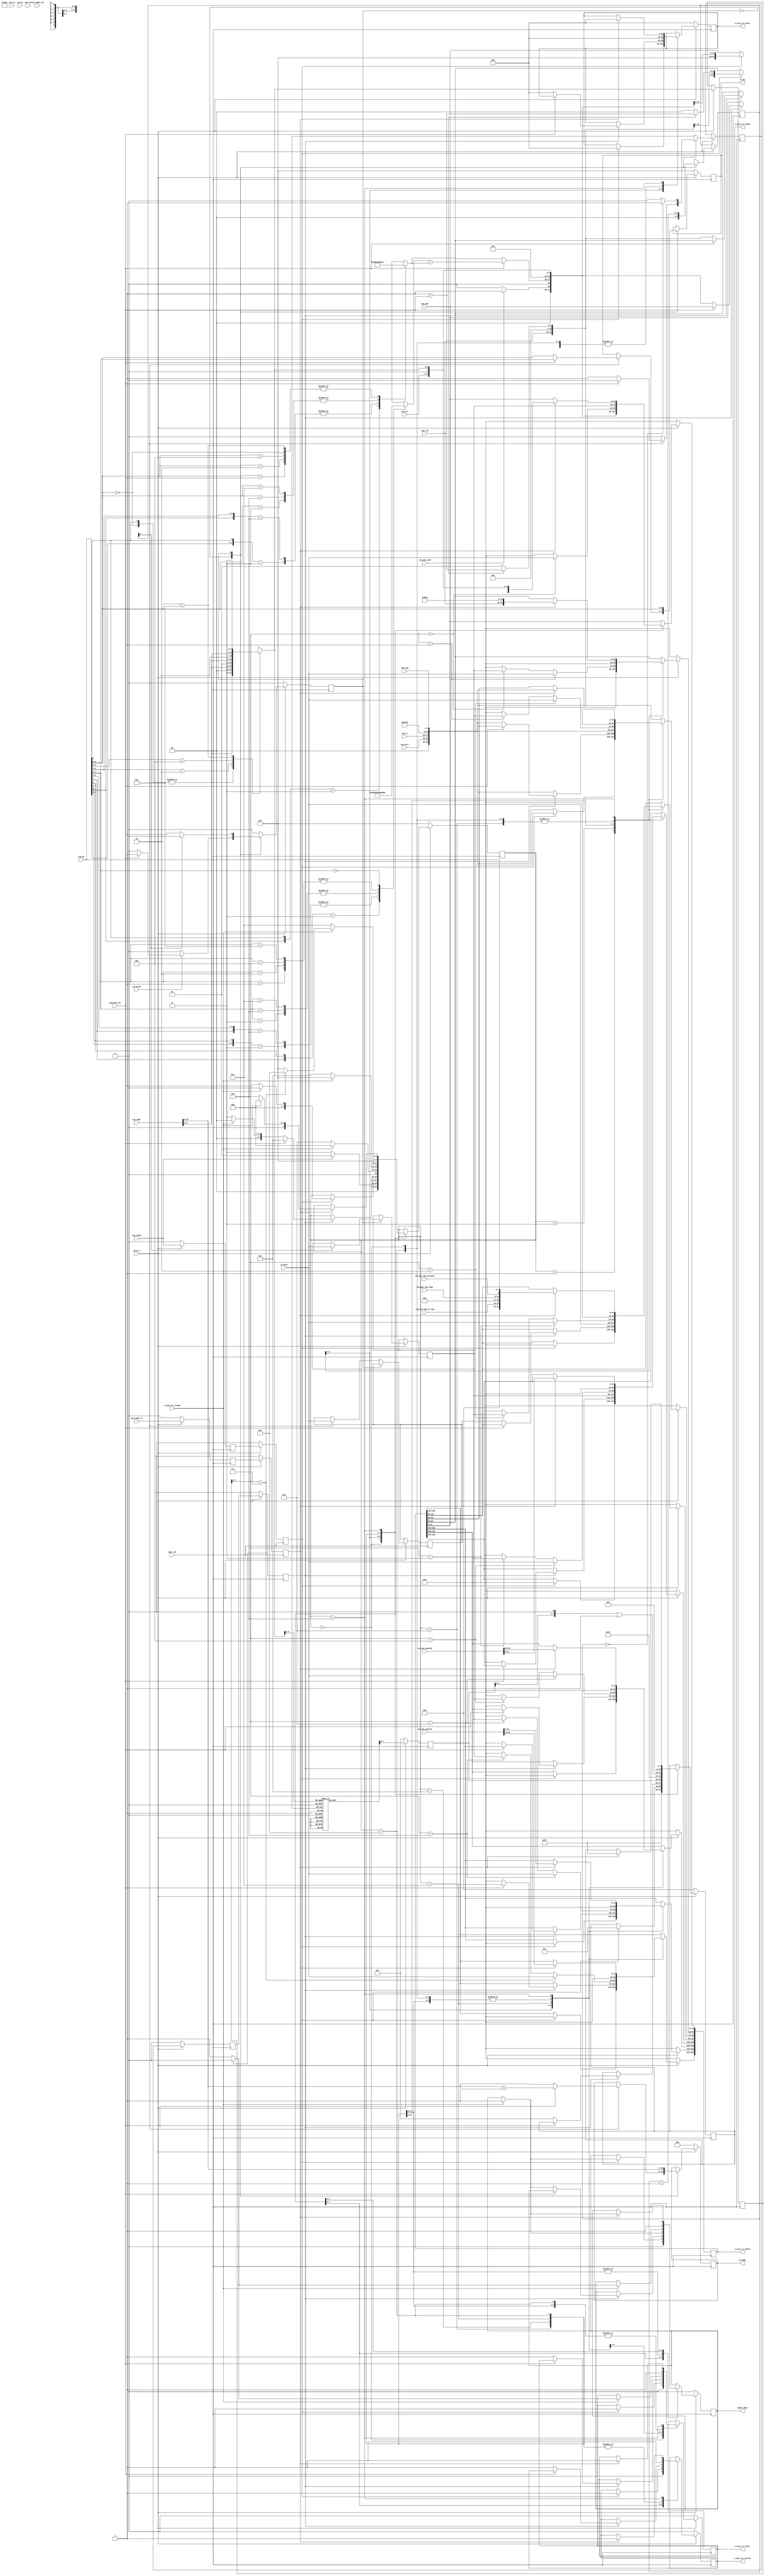
//-----------------------------------------------------------------------------
//
// (c) Copyright 2001-2014 Consonance, LTD. All rights reserved.
//
//
//-----------------------------------------------------------------------------
// Project    PCIe DMA Egnine: 
// File       pcie_dma_engine: 
// Version    1.0: 
//
// Description:  
//
//----------------------------------------------------------------------------
`timescale 1ps/1ps

(* DowngradeIPIdentifiedWarnings = "yes" *)
module cc_tx_t    #(

  parameter 		C_DATA_WIDTH = 256,	
  parameter        TCQ = 1,
  parameter       AXISTEN_IF_CC_ALIGNMENT_MODE = "FALSE",
  parameter       AXISTEN_IF_CC_PARITY_CHECK   = 0,
  parameter        MAPPED_ADDR_WIDTH = 13,
  //Do not modify the parameters below this line
  parameter PARITY_WIDTH = C_DATA_WIDTH /8,
  parameter KEEP_WIDTH   = C_DATA_WIDTH /32,
  parameter STRB_WIDTH   = C_DATA_WIDTH / 8
)(

  input                          user_clk,
  input                          reset_n,

  // AXI-S Completer Competion Interface

  output reg [C_DATA_WIDTH-1:0]  s_axis_cc_tdata,
  output reg   [KEEP_WIDTH-1:0]  s_axis_cc_tkeep,
  output reg                     s_axis_cc_tlast,
  output reg                     s_axis_cc_tvalid,
  output reg             [32:0]  s_axis_cc_tuser,
  input                          s_axis_cc_tready,


  // PIO RX Engine Interface

  input                          req_compl,
  input                   [5:0]  req_compl_wd,
  input                          req_compl_ur,
  input                          payload_len,
  output reg                     compl_done,

  input                   [2:0]  req_tc,
  input                          req_td,
  input                          req_ep,
  input                   [1:0]  req_attr,
  input                  [10:0]  req_len,
  input                  [15:0]  req_rid,
  input                   [7:0]  req_tag,
  input                   [7:0]  req_be,
  input                  [MAPPED_ADDR_WIDTH-1:0]  req_addr,
  input                   [1:0]  req_at,

  // Inputs to the TX Block in case of an UR
  // Required to form the completions

  input                  [63:0]  req_des_qword0,
  input                  [63:0]  req_des_qword1,
  input                          req_des_tph_present,
  input                   [1:0]  req_des_tph_type,
  input                   [7:0]  req_des_tph_st_tag,

  //Indicate that the Request was a Mem lock Read Req

  input                          req_mem_lock,
  input                          req_mem,

  // PIO Memory Access Control Interface

  output reg             [10:0]  rd_addr,
  output reg              [3:0]  rd_be,
  input                  [31:0]  rd_data,
  input 						 rd_valid

);

  localparam PIO_TX_RST_STATE                   = 4'b0000;
  localparam PIO_TX_COMPL_C1                    = 4'b0001;
  localparam PIO_TX_COMPL_C2                    = 4'b0010;
  localparam PIO_TX_COMPL_WD_C1                 = 4'b0011;
  localparam PIO_TX_COMPL_WD_C2                 = 4'b0100;
  localparam PIO_TX_COMPL_PYLD                  = 4'b0101;
  localparam PIO_TX_CPL_UR_C1                   = 4'b0110;
  localparam PIO_TX_CPL_UR_C2                   = 4'b0111;
  localparam PIO_TX_CPL_UR_C3                   = 4'b1000;
  localparam PIO_TX_CPL_UR_C4                   = 4'b1001;
  localparam PIO_TX_MRD_C2                      = 4'b1010;
  localparam PIO_TX_COMPL_WD_2DW                = 4'b1011;
  localparam PIO_TX_COMPL_WD_2DW_ADDR_ALGN_C1   = 4'b1100;
  localparam PIO_TX_COMPL_WD_2DW_ADDR_ALGN_C2   = 4'b1101;

  // Local registers


  reg  [11:0]              byte_count_fbe;
  reg  [11:0]              byte_count_lbe;
  wire [11:0]              byte_count;
  reg  [06:0]              lower_addr;
  reg  [06:0]              lower_addr_q;
  reg  [06:0]              lower_addr_qq;
  reg  [15:0]              tkeep;
  reg  [15:0]              tkeep_q;
  reg  [15:0]              tkeep_qq;

  reg                      req_compl_q;
  reg                      req_compl_qq;
  reg  		               req_compl_wd_q;
  reg                      req_compl_wd_qq;
  reg                      req_compl_wd_qqq;
  reg                      req_compl_ur_q;
  reg                      req_compl_ur_qq;

  reg  [3:0]               state;

  wire  [31:0]             s_axis_cc_tparity;
  
  reg  [31:0]			   rd_letchd;
  
  reg  [31:0]              rd_data_reg; // To store the 2nd rd_data in case of 2DW payload
  reg  [1:0]               rd_dly_cntr; // Memory output delay counter
  reg                      rd_SM;       // rd_data_reg State Machine
  localparam               rd_IDLE  = 1'b0;
  localparam               rd_DW_HI = 1'b1;



  // Present address and byte enable to memory module
  // and buffer up 2nd DW data in case of 2DW Memory Read

  always @ (posedge user_clk)begin

     if (!reset_n) begin
        rd_addr          <= #TCQ 11'b0;
        rd_be            <= #TCQ 4'b0;
        rd_SM            <= #TCQ rd_IDLE;
     end
     else begin

        case ( rd_SM )

        rd_IDLE : begin

           rd_dly_cntr    <= #TCQ 2'b0;
           req_compl_wd_q <= #TCQ 1'b0;

           if (rd_valid)  
           	rd_letchd <= rd_data;
           
           if (rd_valid) begin

              if (payload_len == 0) begin // 1DW Memory Read - Start Completion immediately
                 rd_addr        <= #TCQ req_addr[10:0]; //req_addr[12:2];
                 rd_be          <= #TCQ req_be[3:0];
                 req_compl_wd_q <= #TCQ 1'b1;
              end
              else begin // 2DW Memory Read - Buffer up 2nd DW data
                 rd_addr        <= #TCQ req_addr[10:0] + 11'h001;
                 rd_be          <= #TCQ req_be[7:4];
                 rd_SM          <= #TCQ rd_DW_HI;
              end

           end

        end

        rd_DW_HI : begin

           rd_dly_cntr <= #TCQ rd_dly_cntr + 1;
	   
           // Fetch 1st DW data and can start Completion SM while waiting for returned data
           rd_addr        <= #TCQ req_addr[10:0];
           rd_be          <= #TCQ req_be[3:0];
           if (rd_dly_cntr == 2'b00)
              req_compl_wd_q <= #TCQ 1'b1;    // Start Completion SM
           else
              req_compl_wd_q <= #TCQ 1'b0;    // Assert for 1 clk cycle only

           if (rd_dly_cntr[1] == 1'b1) begin  // Wait for data turnaround delay from memory
              rd_data_reg    <= #TCQ rd_data; // Store 2nd DW
              rd_SM          <= #TCQ rd_IDLE;
           end

        end

        default : begin

              req_compl_wd_q <= #TCQ 1'b0;
              rd_SM          <= #TCQ rd_IDLE;

        end

        endcase

     end

  end

  // Calculate byte count based on byte enable

  always @ (req_be) begin
     
    casex (req_be[3:0])

      4'b1xx1 : byte_count_fbe = 12'h004;
      4'b01x1 : byte_count_fbe = 12'h003;
      4'b1x10 : byte_count_fbe = 12'h003;
      4'b0011 : byte_count_fbe = 12'h002;
      4'b0110 : byte_count_fbe = 12'h002;
      4'b1100 : byte_count_fbe = 12'h002;
      4'b0001 : byte_count_fbe = 12'h001;
      4'b0010 : byte_count_fbe = 12'h001;
      4'b0100 : byte_count_fbe = 12'h001;
      4'b1000 : byte_count_fbe = 12'h001;
      4'b0000 : byte_count_fbe = 12'h001;
      default : byte_count_fbe = 12'h000;
    endcase

    casex (req_be[7:4])

      4'b1xx1 : byte_count_lbe = 12'h004;
      4'b01x1 : byte_count_lbe = 12'h003;
      4'b1x10 : byte_count_lbe = 12'h003;
      4'b0011 : byte_count_lbe = 12'h002;
      4'b0110 : byte_count_lbe = 12'h002;
      4'b1100 : byte_count_lbe = 12'h002;
      4'b0001 : byte_count_lbe = 12'h001;
      4'b0010 : byte_count_lbe = 12'h001;
      4'b0100 : byte_count_lbe = 12'h001;
      4'b1000 : byte_count_lbe = 12'h001;
      4'b0000 : byte_count_lbe = 12'h000;
      default : byte_count_lbe = 12'h000;

    endcase

  end

  // Calculate the byte_count for 1DW or 2DW packets
  assign byte_count = (payload_len == 1)? (byte_count_lbe + byte_count_fbe) : byte_count_fbe;


  // Calculate lower address based on  byte enable

  always @ (req_be or req_addr) begin

    casex (req_be[3:0])
	4'b0000 : lower_addr = {req_addr[6:2], 2'b00};
        4'bxxx1 : lower_addr = {req_addr[6:2], 2'b00};
        4'bxx10 : lower_addr = {req_addr[6:2], 2'b01};
        4'bx100 : lower_addr = {req_addr[6:2], 2'b10};
        4'b1000 : lower_addr = {req_addr[6:2], 2'b11};
	default : lower_addr = 7'h0;
    endcase

  end
  always @  (lower_addr) begin

    casex (lower_addr[4:2])

      3'b000 : tkeep = (AXISTEN_IF_CC_ALIGNMENT_MODE == "TRUE" ) ? 16'h1 :16'h1; 
      3'b001 : tkeep = (AXISTEN_IF_CC_ALIGNMENT_MODE == "TRUE" ) ? 16'h3 :16'h1; 
      3'b010 : tkeep = (AXISTEN_IF_CC_ALIGNMENT_MODE == "TRUE" ) ? 16'h7 :16'h1; 
      3'b011 : tkeep = (AXISTEN_IF_CC_ALIGNMENT_MODE == "TRUE" ) ? 16'hf :16'h1; 
      3'b100 : tkeep = (AXISTEN_IF_CC_ALIGNMENT_MODE == "TRUE" ) ? 16'h1f :16'h1; 
      3'b101 : tkeep = (AXISTEN_IF_CC_ALIGNMENT_MODE == "TRUE" ) ? 16'h3f :16'h1; 
      3'b110 : tkeep = (AXISTEN_IF_CC_ALIGNMENT_MODE == "TRUE" ) ? 16'h7f :16'h1; 
      3'b111 : tkeep = (AXISTEN_IF_CC_ALIGNMENT_MODE == "TRUE" ) ? 16'hff :16'h1; 
    endcase

  end


  always @ (posedge user_clk)
  begin

    if (!reset_n) begin

      req_compl_q     <= #TCQ 1'b0;
      req_compl_qq    <= #TCQ 1'b0;
      req_compl_wd_qq <= #TCQ 1'b0;
      req_compl_wd_qqq <= #TCQ 1'b0;
      tkeep_q         <= #TCQ 16'h0F;
      req_compl_ur_q  <= #TCQ 1'b0;
      req_compl_ur_qq <= #TCQ 1'b0;

    end else begin

      lower_addr_q    <= #TCQ lower_addr;
      tkeep_q         <= #TCQ tkeep;
      tkeep_qq         <= #TCQ tkeep_q;
      lower_addr_qq   <= #TCQ lower_addr_q;
      req_compl_q     <= #TCQ req_compl;
      req_compl_qq    <= #TCQ req_compl_q;
      req_compl_wd_qq <= #TCQ req_compl_wd_q;
      req_compl_wd_qqq <= #TCQ req_compl_wd_qq;
      req_compl_ur_q  <= #TCQ req_compl_ur;
      req_compl_ur_qq <= #TCQ req_compl_ur_q;
    end

  end



  // Logic to compute the Parity of the CC and the RQ channel

  generate
    if(AXISTEN_IF_CC_PARITY_CHECK == 1)
    begin

      genvar a;
      for(a=0; a< STRB_WIDTH; a = a + 1) // Parity needs to be computed for every byte of data
      begin : parity_assign

        assign s_axis_cc_tparity[a] = !(  s_axis_cc_tdata[(8*a)+ 0] ^ s_axis_cc_tdata[(8*a)+ 1]
                                 ^ s_axis_cc_tdata[(8*a)+ 2] ^ s_axis_cc_tdata[(8*a)+ 3]
                                 ^ s_axis_cc_tdata[(8*a)+ 4] ^ s_axis_cc_tdata[(8*a)+ 5]
                                 ^ s_axis_cc_tdata[(8*a)+ 6] ^ s_axis_cc_tdata[(8*a)+ 7]);
      end
    end else begin
      genvar b;
      for(b=0; b< STRB_WIDTH; b = b + 1) // Drive parity low if not enabled
      begin : parity_assign
        assign s_axis_cc_tparity[b] = 32'b0;
      end
    end
  endgenerate



  generate // 256 bit Interface
  if(C_DATA_WIDTH == 256)
  begin

    always @ ( posedge user_clk )
    begin

      if(!reset_n ) begin

        state                   <= #TCQ PIO_TX_RST_STATE;
        s_axis_cc_tdata         <= #TCQ {C_DATA_WIDTH{1'b0}};
        s_axis_cc_tkeep         <= #TCQ {KEEP_WIDTH{1'b0}};
        s_axis_cc_tlast         <= #TCQ 1'b0;
        s_axis_cc_tvalid        <= #TCQ 1'b0;
        s_axis_cc_tuser         <= #TCQ 33'b0;
        compl_done              <= #TCQ 1'b0;
        
      end else begin // reset_else_block

            case (state)

              PIO_TX_RST_STATE : begin  // Reset_State

                state                   <= #TCQ PIO_TX_RST_STATE;
                s_axis_cc_tdata         <= #TCQ {C_DATA_WIDTH{1'b0}};
                s_axis_cc_tkeep         <= #TCQ {KEEP_WIDTH{1'b1}};
                s_axis_cc_tlast         <= #TCQ 1'b0;
                s_axis_cc_tvalid        <= #TCQ 1'b0;
                s_axis_cc_tuser         <= #TCQ 33'b0;
                compl_done              <= #TCQ 1'b0;
                
                if(req_compl) begin
                   state <= #TCQ PIO_TX_COMPL_C1;
                end else if (req_compl_wd != "000000") begin
                   state <= #TCQ PIO_TX_COMPL_WD_C1;
                end else if (req_compl_ur) begin
                   state <= #TCQ PIO_TX_CPL_UR_C1;
                end
              end // PIO_TX_RST_STATE

              PIO_TX_COMPL_C1 : begin // Completion Without Payload - Alignment doesnt matter
                                   // Sent in a Single Beat When Interface Width is 256 bit
                if(req_compl_qq) begin
                  s_axis_cc_tvalid  <= #TCQ 1'b1;
                  s_axis_cc_tlast   <= #TCQ 1'b1;
                  s_axis_cc_tkeep   <= #TCQ 8'h07;
                  s_axis_cc_tdata   <= #TCQ {160'b0,        // Tied to 0 for 3DW completion descriptor
                                             1'b0,          // Force ECRC
                                             1'b0, req_attr,// 3- bits
                                             req_tc,        // 3- bits
                                             1'b0,          // Completer ID to control selection of Client
                                                            // Supplied Bus number
                                             8'hAA,              // Completer Bus number - Bus# selected if Compl ID = 1
                                             {5'b11111, 3'b000}, // Compl Dev / Func no - Dev# selected if Compl ID = 1. Function# = 0
                                             req_tag,       // Matching Request Tag
                                             req_rid,       // Requester ID - 16 bits
                                             1'b0,          // Rsvd
                                             1'b0,          // Posioned completion
                                             3'b000,        // SuccessFull completion
                                             (req_mem ? (11'h1 + payload_len) : 11'b0),         // DWord Count 0 - IO Write completions
                                             2'b0,          // Rsvd
                                             1'b0,          // Locked Read Completion
                                             {1'b0, byte_count},                                // Byte Count
                                             6'b0,          // Rsvd
                                             req_at,        // Adress Type - 2 bits
                                             1'b0,          // Rsvd
                                             lower_addr};   // Starting address of the mem byte - 7 bits
                  s_axis_cc_tuser   <= #TCQ {1'b0, (AXISTEN_IF_CC_PARITY_CHECK ? s_axis_cc_tparity : 32'b0)};

                  if(s_axis_cc_tready) begin
                    state <= #TCQ PIO_TX_RST_STATE;
                    compl_done        <= #TCQ 1'b1;
                  end else begin
                    state <= #TCQ PIO_TX_COMPL_C1;
                  end
                end

              end  //PIO_TX_COMPL

              PIO_TX_COMPL_WD_C1 : begin  // Completion With Payload
                                       // Possible Scenario's Payload can be 1 DW or 2 DW
                                       // Alignment can be either of Dword aligned or address aligned
                if (req_compl_wd_qqq) begin

                  if(payload_len == 0) // 1DW_packet - Requires just one cycle to get the data rd_data from the BRAM.
                  begin
                    if(AXISTEN_IF_CC_ALIGNMENT_MODE == "FALSE") begin // DWORD_aligned_Mode
                      s_axis_cc_tvalid  <= #TCQ 1'b1;
                      s_axis_cc_tlast   <= #TCQ 1'b1;
                      s_axis_cc_tkeep   <= #TCQ 8'h0F;
                      s_axis_cc_tdata   <= #TCQ {128'b0,        // Tied to 0 for 3DW completion descriptor
                                                 rd_letchd, //rd_data,       // 32- bit read data
                                                 1'b0,          // Force ECRC
                                                 1'b0, req_attr,// 3- bits
                                                 req_tc,        // 3- bits
                                                 1'b0,          // Completer ID to control selection of Client
                                                                // Supplied Bus number
                                                 8'hAA,              // Completer Bus number - Bus# selected if Compl ID = 1
                                                 {5'b11111, 3'b000}, // Compl Dev / Func no - Dev# selected if Compl ID = 1. Function# = 0
                                                 req_tag,       // Matching Request Tag
                                                 req_rid,       // Requester ID - 16 bits
                                                 1'b0,          // Rsvd
                                                 1'b0,          // Posioned completion
                                                 3'b000,        // SuccessFull completion
                                                 (req_mem ? (11'h1 + payload_len) : 11'b1),         // DWord Count 0 - IO Write completions
                                                 2'b0,          // Rsvd
                                                 (req_mem_lock? 1'b1 : 1'b0),  // Locked Read Completion
                                                 {1'b0, byte_count},           // Byte Count
                                                 6'b0,          // Rsvd
                                                 req_at,        // Adress Type - 2 bits
                                                 1'b0,          // Rsvd
                                                 lower_addr};   // Starting address of the mem byte - 7 bits
                      s_axis_cc_tuser   <= #TCQ {1'b0, (AXISTEN_IF_CC_PARITY_CHECK ? s_axis_cc_tparity : 32'b0)};

                      if(s_axis_cc_tready) begin
                        state <= #TCQ PIO_TX_RST_STATE;
                        compl_done        <= #TCQ 1'b1;
                      end else begin
                        state <= #TCQ PIO_TX_COMPL_WD_C1;
                      end
                    end  //DWORD_aligned_Mode

                    else begin // Addr_aligned_mode
                      s_axis_cc_tvalid  <= #TCQ 1'b1;
                      s_axis_cc_tlast   <= #TCQ 1'b0;
                      s_axis_cc_tkeep   <= #TCQ 8'hFF;
                      s_axis_cc_tdata   <= #TCQ {160'b0,        // Tied to 0 for 3DW completion descriptor
                                                 1'b0,          // Force ECRC
                                                 1'b0, req_attr,// 3- bits
                                                 req_tc,        // 3- bits
                                                 1'b0,          // Completer ID to control selection of Client
                                                                // Supplied Bus number
                                                 8'hAA,              // Completer Bus number - Bus# selected if Compl ID = 1
                                                 {5'b11111, 3'b000}, // Compl Dev / Func no - Dev# selected if Compl ID = 1. Function# = 0
                                                 req_tag,       // Matching Request Tag
                                                 req_rid,       // Requester ID - 16 bits
                                                 1'b0,          // Rsvd
                                                 1'b0,          // Posioned completion
                                                 3'b000,        // SuccessFull completion
                                                 (req_mem ? (11'h1 + payload_len) : 11'b1),         // DWord Count 0 - IO Write completions
                                                 2'b0,          // Rsvd
                                                 (req_mem_lock? 1'b1 : 1'b0),      // Locked Read Completion
                                                 {1'b0, byte_count},               // Byte Count
                                                 6'b0,          // Rsvd
                                                 req_at,        // Adress Type - 2 bits
                                                 1'b0,          // Rsvd
                                                 lower_addr};   // Starting address of the mem byte - 7 bits
                      s_axis_cc_tuser   <= #TCQ {1'b0, (AXISTEN_IF_CC_PARITY_CHECK ? s_axis_cc_tparity : 32'b0)};
                      compl_done        <= #TCQ 1'b0;

                      if(s_axis_cc_tready) begin
                        state <= #TCQ PIO_TX_COMPL_PYLD;
                      end else begin
                        state <= #TCQ PIO_TX_COMPL_WD_C1;
                      end
                    end    // Addr_aligned_mode

                  end //1DW_packet


                  else begin // 2DW_packet
                    if(AXISTEN_IF_CC_ALIGNMENT_MODE == "FALSE") begin // DWORD_aligned_Mode

                      state       <= #TCQ PIO_TX_COMPL_WD_2DW;

                    end  //DWORD_aligned_Mode

                    else begin // Address ALigned Mode

                      s_axis_cc_tvalid  <= #TCQ 1'b1;
                      s_axis_cc_tlast   <= #TCQ 1'b0;
                      s_axis_cc_tkeep   <= #TCQ 8'hFF;
                      s_axis_cc_tdata   <= #TCQ {160'b0,        // Tied to 0 for 3DW completion descriptor
                                                 1'b0,          // Force ECRC
                                                 1'b0, req_attr,// 3- bits
                                                 req_tc,        // 3- bits
                                                 1'b0,          // Completer ID to control selection of Client
                                                                // Supplied Bus number
                                                 8'hAA,              // Completer Bus number - Bus# selected if Compl ID = 1
                                                 {5'b11111, 3'b000}, // Compl Dev / Func no - Dev# selected if Compl ID = 1. Function# = 0
                                                 req_tag,       // Matching Request Tag
                                                 req_rid,       // Requester ID - 16 bits
                                                 1'b0,          // Rsvd
                                                 1'b0,          // Posioned completion
                                                 3'b000,        // SuccessFull completion
                                                 (req_mem ? (11'h1 + payload_len) : 11'b1),         // DWord Count 0 - IO Write completions
                                                 2'b0,          // Rsvd
                                                 (req_mem_lock? 1'b1 : 1'b0),      // Locked Read Completion
                                                 {1'b0, byte_count},               // Byte Count
                                                 6'b0,          // Rsvd
                                                 req_at,        // Adress Type - 2 bits
                                                 1'b0,          // Rsvd
                                                 lower_addr};   // Starting address of the mem byte - 7 bits
                      s_axis_cc_tuser   <= #TCQ {1'b0, (AXISTEN_IF_CC_PARITY_CHECK ? s_axis_cc_tparity : 32'b0)};
                      compl_done        <= #TCQ 1'b0;

                      if(s_axis_cc_tready) begin
                        state <= #TCQ PIO_TX_COMPL_WD_2DW_ADDR_ALGN_C1;
                      end else begin
                        state <= #TCQ PIO_TX_COMPL_WD_C1;
                      end
                    end  // Address ALigned mode
                  end  // 2DW_packet
                end

              end // PIO_TX_COMPL_WD

              PIO_TX_COMPL_PYLD : begin // Completion with 1DW Payload in Address Aligned mode

                s_axis_cc_tvalid  <= #TCQ 1'b1;
                s_axis_cc_tlast   <= #TCQ 1'b1;
                s_axis_cc_tkeep   <= #TCQ tkeep_q;
                s_axis_cc_tdata[31:0]      <= #TCQ (AXISTEN_IF_CC_ALIGNMENT_MODE == "TRUE" && lower_addr_q[4:2]==3'b000) ? {rd_data} : ((AXISTEN_IF_CC_ALIGNMENT_MODE == "FALSE" ) ? rd_data : 32'b0);
                s_axis_cc_tdata[63:32]     <= #TCQ (AXISTEN_IF_CC_ALIGNMENT_MODE == "TRUE" && lower_addr_q[4:2]==3'b001) ? {rd_data} : {32'b0};
                s_axis_cc_tdata[95:64]     <= #TCQ (AXISTEN_IF_CC_ALIGNMENT_MODE == "TRUE" && lower_addr_q[4:2]==3'b010) ? {rd_data} : {32'b0};
                s_axis_cc_tdata[127:96]    <= #TCQ (AXISTEN_IF_CC_ALIGNMENT_MODE == "TRUE" && lower_addr_q[4:2]==3'b011) ? {rd_data} : {32'b0};
                s_axis_cc_tdata[159:128]   <= #TCQ (AXISTEN_IF_CC_ALIGNMENT_MODE == "TRUE" && lower_addr_q[4:2]==3'b100) ? {rd_data} : {32'b0};
                s_axis_cc_tdata[191:160]   <= #TCQ (AXISTEN_IF_CC_ALIGNMENT_MODE == "TRUE" && lower_addr_q[4:2]==3'b101) ? {rd_data} : {32'b0};
                s_axis_cc_tdata[223:192]   <= #TCQ (AXISTEN_IF_CC_ALIGNMENT_MODE == "TRUE" && lower_addr_q[4:2]==3'b110) ? {rd_data} : {32'b0};
                s_axis_cc_tdata[255:224]   <= #TCQ (AXISTEN_IF_CC_ALIGNMENT_MODE == "TRUE" && lower_addr_q[4:2]==3'b111) ? {rd_data} : {32'b0};

                s_axis_cc_tuser   <= #TCQ {1'b0, (AXISTEN_IF_CC_PARITY_CHECK ? s_axis_cc_tparity : 32'b0)};

                if(s_axis_cc_tready) begin
                  state        <= #TCQ PIO_TX_RST_STATE;
                  compl_done   <= #TCQ 1'b1;
                end else begin
                  state <= #TCQ PIO_TX_COMPL_PYLD;
                end
              end // PIO_TX_COMPL_PYLD

              PIO_TX_COMPL_WD_2DW : begin // Completion with 2DW Payload in DWord Aligned mode
                                          // Requires 2 states to get the 2DW Payload

                s_axis_cc_tvalid  <= #TCQ 1'b1;
                s_axis_cc_tlast   <= #TCQ 1'b1;
                s_axis_cc_tkeep   <= #TCQ 8'h1F;
                s_axis_cc_tdata   <= #TCQ {96'b0,         // Tied to 0 for 3DW completion descriptor with 2DW Payload
                                           rd_data_reg,   // 32 bit read data
                                           rd_data,       // 32 bit read data
                                           1'b0,          // Force ECRC
                                           1'b0, req_attr,// 3- bits
                                           req_tc,        // 3- bits
                                           1'b0,          // Completer ID to control selection of Client
                                                          // Supplied Bus number
                                           8'hAA,              // Completer Bus number - Bus# selected if Compl ID = 1
                                           {5'b11111, 3'b000}, // Compl Dev / Func no - Dev# selected if Compl ID = 1. Function# = 0
                                           req_tag,       // Matching Request Tag
                                           req_rid,       // Requester ID - 16 bits
                                           1'b0,          // Rsvd
                                           1'b0,          // Posioned completion
                                           3'b000,        // SuccessFull completion
                                           (req_mem ? (11'h1 + payload_len) : 11'b1),         // DWord Count 0 - IO Write completions
                                           2'b0,          // Rsvd
                                           (req_mem_lock? 1'b1 : 1'b0),   // Locked Read Completion
                                           {1'b0, byte_count},            // Byte Count
                                           6'b0,          // Rsvd
                                           req_at,        // Adress Type - 2 bits
                                           1'b0,          // Rsvd
                                           lower_addr};   // Starting address of the mem byte - 7 bits
                s_axis_cc_tuser   <= #TCQ {1'b0, (AXISTEN_IF_CC_PARITY_CHECK ? s_axis_cc_tparity : 32'b0)};

                if(s_axis_cc_tready) begin
                  state        <= #TCQ PIO_TX_RST_STATE;
                  compl_done   <= #TCQ 1'b1;
                end else begin
                  state <= #TCQ PIO_TX_COMPL_WD_2DW;
                end

              end //  PIO_TX_COMPL_WD_2DW

              PIO_TX_COMPL_WD_2DW_ADDR_ALGN_C1 : begin // Completions with 2-DW Payload and Addr aligned mode

                s_axis_cc_tvalid  <= #TCQ 1'b1;
                s_axis_cc_tkeep   <= #TCQ (tkeep_q << 1 | 8'b1);
                s_axis_cc_tdata[31:0]      <= #TCQ (lower_addr_q[4:2]==3'b000) ? {rd_data} : {32'b0};
                s_axis_cc_tdata[63:32]     <= #TCQ (lower_addr_q[4:2]==3'b001) ? {rd_data} : ((lower_addr_q[4:2]==3'b000) ? {rd_data_reg} : {32'b0});
                s_axis_cc_tdata[95:64]     <= #TCQ (lower_addr_q[4:2]==3'b010) ? {rd_data} : ((lower_addr_q[4:2]==3'b001) ? {rd_data_reg} : {32'b0});
                s_axis_cc_tdata[127:96]    <= #TCQ (lower_addr_q[4:2]==3'b011) ? {rd_data} : ((lower_addr_q[4:2]==3'b010) ? {rd_data_reg} : {32'b0});
                s_axis_cc_tdata[159:128]   <= #TCQ (lower_addr_q[4:2]==3'b100) ? {rd_data} : ((lower_addr_q[4:2]==3'b011) ? {rd_data_reg} : {32'b0});
                s_axis_cc_tdata[191:160]   <= #TCQ (lower_addr_q[4:2]==3'b101) ? {rd_data} : ((lower_addr_q[4:2]==3'b100) ? {rd_data_reg} : {32'b0});
                s_axis_cc_tdata[223:192]   <= #TCQ (lower_addr_q[4:2]==3'b110) ? {rd_data} : ((lower_addr_q[4:2]==3'b101) ? {rd_data_reg} : {32'b0});
                s_axis_cc_tdata[255:224]   <= #TCQ (lower_addr_q[4:2]==3'b111) ? {rd_data} : ((lower_addr_q[4:2]==3'b110) ? {rd_data_reg} : {32'b0});
                s_axis_cc_tuser   <= #TCQ {1'b0, (AXISTEN_IF_CC_PARITY_CHECK ? s_axis_cc_tparity : 32'b0)};
                if(s_axis_cc_tready) begin
                   if (lower_addr_q[4:2]==3'b111) begin
                      state             <= #TCQ PIO_TX_COMPL_WD_2DW_ADDR_ALGN_C2;
                      s_axis_cc_tlast   <= #TCQ 1'b0;
                      compl_done        <= #TCQ 1'b0;
                   end else begin
                      state             <= #TCQ PIO_TX_RST_STATE;
                      s_axis_cc_tlast   <= #TCQ 1'b1;
                      compl_done        <= #TCQ 1'b1;
                   end
                end else begin
                  state <= #TCQ PIO_TX_COMPL_WD_2DW_ADDR_ALGN_C1;
                end // PIO_TX_COMPL_WD_2DW_ADDR_ALGN
              end
              
              PIO_TX_COMPL_WD_2DW_ADDR_ALGN_C2 : begin // Completions with 2-DW Payload and Addr aligned mode with lower_addr[4:2] == 3'b111 only
              
                s_axis_cc_tvalid  <= #TCQ 1'b1;
                s_axis_cc_tkeep   <= #TCQ 8'h01;
                s_axis_cc_tdata   <= #TCQ {224'b0, rd_data_reg};
                s_axis_cc_tuser   <= #TCQ {1'b0, (AXISTEN_IF_CC_PARITY_CHECK ? s_axis_cc_tparity : 32'b0)};
                s_axis_cc_tlast   <= #TCQ 1'b1;
                state             <= #TCQ PIO_TX_RST_STATE;
                compl_done        <= #TCQ 1'b1;
              
              end

              PIO_TX_CPL_UR_C1 : begin // Completions with UR - Alignment mode matters here

                if (req_compl_ur_qq) begin

                     s_axis_cc_tvalid  <= #TCQ 1'b1;
                     s_axis_cc_tlast   <= #TCQ 1'b1;
                     s_axis_cc_tkeep   <= #TCQ 8'hFF;
                     s_axis_cc_tdata   <= #TCQ {req_des_qword1, // 64 bits - Descriptor of the request 2 DW
                                                req_des_qword0, // 64 bits - Descriptor of the request 2 DW
                                                8'b0,                // Rsvd
                                                req_des_tph_st_tag,  // TPH Steering tag - 8 bits
                                                5'b0,                // Rsvd
                                                req_des_tph_type,    // TPH type - 2 bits
                                                req_des_tph_present, // TPH present - 1 bit
                                                req_be,        // Request Byte enables - 8bits
                                                1'b0,          // Force ECRC
                                                1'b0, req_attr,// 3- bits
                                                req_tc,        // 3- bits
                                                1'b0,          // Completer ID to control selection of Client
                                                               // Supplied Bus number
                                                8'hAA,              // Completer Bus number - Bus# selected if Compl ID = 1
                                                {5'b11111, 3'b000}, // Compl Dev / Func no - Dev# selected if Compl ID = 1. Function# = 0
                                                req_tag,       // Matching Request Tag
                                                req_rid,       // Requester ID - 16 bits
                                                1'b0,          // Rsvd
                                                1'b0,          // Posioned completion
                                                3'b001,        // Completion Status - UR
                                                11'h000,       // DWord Count
                                                2'b0,          // Rsvd
                                                (req_mem_lock? 1'b1 : 1'b0),   // Locked Read Completion
                                                13'h0004,      // Byte Count
                                                6'b0,          // Rsvd
                                                req_at,        // Adress Type - 2 bits
                                                1'b0,          // Rsvd
                                                lower_addr};   // Starting address of the mem byte - 7 bits
                     s_axis_cc_tuser   <= #TCQ {1'b0, (AXISTEN_IF_CC_PARITY_CHECK ? s_axis_cc_tparity : 32'b0)};
                     if(s_axis_cc_tready) begin
                       state        <= #TCQ PIO_TX_RST_STATE;
                       compl_done   <= #TCQ 1'b1;
                     end else begin
                       state        <= #TCQ PIO_TX_CPL_UR_C1;
                     end
                end

              end // PIO_TX_CPL_UR



 
            endcase

          end // reset_else_block

      end // Always Block Ends
    end // If C_DATA_WIDTH = 256

    else if(C_DATA_WIDTH == 128) // 128-bit Interface
    begin
    always @ ( posedge user_clk )
    begin

      if(!reset_n ) begin

        state                   <= #TCQ PIO_TX_RST_STATE;
        s_axis_cc_tdata         <= #TCQ {C_DATA_WIDTH{1'b0}};
        s_axis_cc_tkeep         <= #TCQ {KEEP_WIDTH{1'b0}};
        s_axis_cc_tlast         <= #TCQ 1'b0;
        s_axis_cc_tvalid        <= #TCQ 1'b0;
        s_axis_cc_tuser         <= #TCQ 33'b0;
        compl_done              <= #TCQ 1'b0;
        
      end else begin // reset_else_block

            case (state)

              PIO_TX_RST_STATE : begin  // Reset_State

                state                   <= #TCQ PIO_TX_RST_STATE;
                s_axis_cc_tdata         <= #TCQ {C_DATA_WIDTH{1'b0}};
                s_axis_cc_tkeep         <= #TCQ {KEEP_WIDTH{1'b1}};
                s_axis_cc_tlast         <= #TCQ 1'b0;
                s_axis_cc_tvalid        <= #TCQ 1'b0;
                s_axis_cc_tuser         <= #TCQ 33'b0;
                compl_done              <= #TCQ 1'b0;
                
                if(req_compl) begin
                   state <= #TCQ PIO_TX_COMPL_C1;
                end else if (req_compl_wd) begin
                   state <= #TCQ PIO_TX_COMPL_WD_C1;
                end else if (req_compl_ur) begin
                   state <= #TCQ PIO_TX_CPL_UR_C1;
                end

              end // PIO_TX_RST_STATE

              PIO_TX_COMPL_C1 : begin // Completion Without Payload - Alignment doesnt matter
                                   // Sent in a Single Beat When Interface Width is 128 bit
                if(req_compl_qq) begin
                  s_axis_cc_tvalid  <= #TCQ 1'b1;
                  s_axis_cc_tlast   <= #TCQ 1'b1;
                  s_axis_cc_tkeep   <= #TCQ 4'h7;
                  s_axis_cc_tdata   <= #TCQ {32'b0,        // Tied to 0 for 3DW completion descriptor
                                             1'b0,          // Force ECRC
                                             1'b0, req_attr,// 3- bits
                                             req_tc,        // 3- bits
                                             1'b0,          // Completer ID to control selection of Client
                                                            // Supplied Bus number
                                             8'hAA,              // Completer Bus number - Bus# selected if Compl ID = 1
                                             {5'b11111, 3'b000}, // Compl Dev / Func no - Dev# selected if Compl ID = 1. Function# = 0
                                             req_tag,       // Matching Request Tag
                                             req_rid,       // Requester ID - 16 bits
                                             1'b0,          // Rsvd
                                             1'b0,          // Posioned completion
                                             3'b000,        // SuccessFull completion
                                             (req_mem ? (11'h1 + payload_len) : 11'b0),         // DWord Count 0 - IO Write completions
                                             2'b0,          // Rsvd
                                             1'b0,          // Locked Read Completion
                                             {1'b0, byte_count},        // Byte Count
                                             6'b0,          // Rsvd
                                             req_at,        // Adress Type - 2 bits
                                             1'b0,          // Rsvd
                                             lower_addr};   // Starting address of the mem byte - 7 bits
                  s_axis_cc_tuser   <= #TCQ {1'b0, (AXISTEN_IF_CC_PARITY_CHECK ? s_axis_cc_tparity : 32'b0)};

                  if(s_axis_cc_tready) begin
                    state <= #TCQ PIO_TX_RST_STATE;
                    compl_done        <= #TCQ 1'b1;
                  end else begin
                    state <= #TCQ PIO_TX_COMPL_C1;
                  end

                end
              end  //PIO_TX_COMPL

              PIO_TX_COMPL_WD_C1 : begin  // Completion With Payload
                                          // Possible Scenario's Payload can be 1 DW or 2 DW
                                          // Alignment can be either of Dword aligned or address aligned
                if(req_compl_wd_qqq) begin

                  if(AXISTEN_IF_CC_ALIGNMENT_MODE == "FALSE") begin // DWORD_aligned_Mode
                      s_axis_cc_tvalid  <= #TCQ 1'b1;
                      s_axis_cc_tkeep   <= #TCQ 4'hF;
                      s_axis_cc_tdata   <= #TCQ {rd_data,       // 32- bit read data
                                                 1'b0,          // Force ECRC
                                                 1'b0, req_attr,// 3- bits
                                                 req_tc,        // 3- bits
                                                 1'b0,          // Completer ID to control selection of Client
                                                                // Supplied Bus number
                                                 8'hAA,              // Completer Bus number - Bus# selected if Compl ID = 1
                                                 {5'b11111, 3'b000}, // Compl Dev / Func no - Dev# sel if Compl ID = 1. Function# = 0
                                                 req_tag,       // Matching Request Tag
                                                 req_rid,       // Requester ID - 16 bits
                                                 1'b0,          // Rsvd
                                                 1'b0,          // Posioned completion
                                                 3'b000,        // SuccessFull completion
                                                 (req_mem ? (11'h1 + payload_len) : 11'b1),         // DWord Count 0 - IO Write completions
                                                 2'b0,          // Rsvd
                                                 (req_mem_lock? 1'b1 : 1'b0),  // Locked Read Completion
                                                 {1'b0, byte_count},           // Byte Count
                                                 6'b0,          // Rsvd
                                                 req_at,        // Adress Type - 2 bits
                                                 1'b0,          // Rsvd
                                                 lower_addr};   // Starting address of the mem byte - 7 bits
                      s_axis_cc_tuser   <= #TCQ {1'b0, (AXISTEN_IF_CC_PARITY_CHECK ? s_axis_cc_tparity : 32'b0)};
                      if(s_axis_cc_tready) begin
                        if(payload_len == 0) begin // 1DW_packet - Requires just one cycle to get the data rd_data from the BRAM.
                          s_axis_cc_tlast   <= #TCQ 1'b1;
                          state <= #TCQ PIO_TX_RST_STATE;
                          compl_done        <= #TCQ 1'b1;
                        end else begin
                          s_axis_cc_tlast   <= #TCQ 1'b0;
                          state <= #TCQ PIO_TX_COMPL_WD_2DW;
                          compl_done        <= #TCQ 1'b0;
                        end
                      end else begin
                        state <= #TCQ PIO_TX_COMPL_WD_C1;
                      end
                    end  //DWORD_aligned_Mode

                    else begin // Addr_aligned_mode
                      s_axis_cc_tvalid  <= #TCQ 1'b1;
                      s_axis_cc_tlast   <= #TCQ 1'b0;
                      s_axis_cc_tkeep   <= #TCQ 4'hF;
                      s_axis_cc_tdata   <= #TCQ {32'b0,        // Tied to 0 for 3DW completion descriptor
                                                 1'b0,          // Force ECRC
                                                 1'b0, req_attr,// 3- bits
                                                 req_tc,        // 3- bits
                                                 1'b0,          // Completer ID to control selection of Client
                                                                // Supplied Bus number
                                                 8'hAA,              // Completer Bus number - Bus# selected if Compl ID = 1
                                                 {5'b11111, 3'b000}, // Compl Dev / Func no - Dev# selected if Compl ID = 1. Function# = 0
                                                 req_tag,       // Matching Request Tag
                                                 req_rid,       // Requester ID - 16 bits
                                                 1'b0,          // Rsvd
                                                 1'b0,          // Posioned completion
                                                 3'b000,        // SuccessFull completion
                                                 (req_mem ? (11'h1 + payload_len) : 11'b1),         // DWord Count 0 - IO Write completions
                                                 2'b0,          // Rsvd
                                                 (req_mem_lock? 1'b1 : 1'b0),      // Locked Read Completion
                                                 {1'b0, byte_count},               // Byte Count
                                                 6'b0,          // Rsvd
                                                 req_at,        // Adress Type - 2 bits
                                                 1'b0,          // Rsvd
                                                 lower_addr};   // Starting address of the mem byte - 7 bits
                      s_axis_cc_tuser   <= #TCQ {1'b0, (AXISTEN_IF_CC_PARITY_CHECK ? s_axis_cc_tparity : 32'b0)};
                      compl_done        <= #TCQ 1'b0;

                      if(s_axis_cc_tready) begin
                        if(payload_len == 0) // 1DW_packet - Requires just one cycle to get the data rd_data from the BRAM.
                        begin
                          state <= #TCQ PIO_TX_COMPL_PYLD;
                        end else begin
                          state <= #TCQ PIO_TX_COMPL_WD_2DW_ADDR_ALGN_C1;
                        end 
                      end else begin
                          state <= #TCQ PIO_TX_COMPL_WD_C1;
                      end
                    end    // Addr_aligned_mode
                end

              end // PIO_TX_COMPL_WD

              PIO_TX_COMPL_PYLD : begin // Completion with 1DW Payload in Address Aligned mode or 2DW Payload in DWORD Aligned mode

                s_axis_cc_tvalid  <= #TCQ 1'b1;
                s_axis_cc_tlast   <= #TCQ 1'b1;
                s_axis_cc_tkeep   <= #TCQ (tkeep_q[7:0]&8'hF);
                s_axis_cc_tdata[31:0]   <= #TCQ (AXISTEN_IF_CC_ALIGNMENT_MODE == "TRUE" && lower_addr_q[3:2]==2'b00) ? {rd_data} : ((AXISTEN_IF_CC_ALIGNMENT_MODE == "FALSE" ) ? rd_data_reg : 32'b0);
                s_axis_cc_tdata[63:32]   <= #TCQ (AXISTEN_IF_CC_ALIGNMENT_MODE == "TRUE" && lower_addr_q[3:2]==2'b01) ? {rd_data} : {32'b0};
                s_axis_cc_tdata[95:64]   <= #TCQ (AXISTEN_IF_CC_ALIGNMENT_MODE == "TRUE" && lower_addr_q[3:2]==2'b10) ? {rd_data} : {32'b0};
                s_axis_cc_tdata[127:96]   <= #TCQ (AXISTEN_IF_CC_ALIGNMENT_MODE == "TRUE" && lower_addr_q[3:2]==2'b11) ? {rd_data} : {32'b0};
                s_axis_cc_tuser   <= #TCQ {1'b0, (AXISTEN_IF_CC_PARITY_CHECK ? s_axis_cc_tparity : 32'b0)};

                if(s_axis_cc_tready) begin
                  state           <= #TCQ PIO_TX_RST_STATE;
                  compl_done      <= #TCQ 1'b1;
                end else begin
                  state           <= #TCQ PIO_TX_COMPL_PYLD;
                end

              end // PIO_TX_COMPL_PYLD

              PIO_TX_COMPL_WD_2DW : begin // Completion with 2DW Payload in DWord Aligned mode
                                          // Requires 2 states to get the 2DW Payload

                s_axis_cc_tvalid  <= #TCQ 1'b1;
                s_axis_cc_tlast   <= #TCQ 1'b1;
                s_axis_cc_tkeep   <= #TCQ 4'h1;
                s_axis_cc_tdata   <= #TCQ {96'b0, rd_data_reg};  // Transmit 2nd DW payload
                s_axis_cc_tuser   <= #TCQ {1'b0, (AXISTEN_IF_CC_PARITY_CHECK ? s_axis_cc_tparity : 32'b0)};

                if(s_axis_cc_tready) begin
                  state           <= #TCQ PIO_TX_RST_STATE;
                  compl_done      <= #TCQ 1'b1;
                end else begin
                  state           <= #TCQ PIO_TX_COMPL_WD_2DW;
                end

              end //  PIO_TX_COMPL_WD_2DW

              PIO_TX_COMPL_WD_2DW_ADDR_ALGN_C1 : begin // Completions with 2-DW Payload and Addr aligned mode

                s_axis_cc_tvalid  <= #TCQ 1'b1;
                s_axis_cc_tkeep   <= #TCQ (tkeep_q << 1 | 4'b1);
                s_axis_cc_tdata[31:0]      <= #TCQ (lower_addr_q[3:2]==2'b00) ? {rd_data} : {32'b0};
                s_axis_cc_tdata[63:32]     <= #TCQ (lower_addr_q[3:2]==2'b01) ? {rd_data} : ((lower_addr_q[3:2]==2'b00) ? {rd_data_reg} : {32'b0});
                s_axis_cc_tdata[95:64]     <= #TCQ (lower_addr_q[3:2]==2'b10) ? {rd_data} : ((lower_addr_q[3:2]==2'b01) ? {rd_data_reg} : {32'b0});
                s_axis_cc_tdata[127:96]    <= #TCQ (lower_addr_q[3:2]==2'b11) ? {rd_data} : ((lower_addr_q[3:2]==2'b10) ? {rd_data_reg} : {32'b0});
                s_axis_cc_tuser   <= #TCQ {1'b0, (AXISTEN_IF_CC_PARITY_CHECK ? s_axis_cc_tparity : 32'b0)};
                if(s_axis_cc_tready) begin
                   if (lower_addr_q[3:2]==2'b11) begin
                      state             <= #TCQ PIO_TX_COMPL_WD_2DW_ADDR_ALGN_C2;
                      s_axis_cc_tlast   <= #TCQ 1'b0;
                      compl_done        <= #TCQ 1'b0;
                   end else begin
                      state             <= #TCQ PIO_TX_RST_STATE;
                      s_axis_cc_tlast   <= #TCQ 1'b1;
                      compl_done        <= #TCQ 1'b1;
                   end
                end else begin
                  state <= #TCQ PIO_TX_COMPL_WD_2DW_ADDR_ALGN_C1;
                end // PIO_TX_COMPL_WD_2DW_ADDR_ALGN
              end
              
              PIO_TX_COMPL_WD_2DW_ADDR_ALGN_C2 : begin // Completions with 2-DW Payload and Addr aligned mode with lower_addr[4:2] == 2'b11 only
              
                s_axis_cc_tvalid  <= #TCQ 1'b1;
                s_axis_cc_tkeep   <= #TCQ 4'h1;
                s_axis_cc_tdata   <= #TCQ {96'b0, rd_data_reg};
                s_axis_cc_tuser   <= #TCQ {1'b0, (AXISTEN_IF_CC_PARITY_CHECK ? s_axis_cc_tparity : 32'b0)};
                s_axis_cc_tlast   <= #TCQ 1'b1;
                state             <= #TCQ PIO_TX_RST_STATE;
                compl_done        <= #TCQ 1'b1;
              
              end

              PIO_TX_CPL_UR_C1 : begin // Completions with UR - Alignment mode matters here

                if(req_compl_ur_qq) begin

                     s_axis_cc_tvalid  <= #TCQ 1'b1;
                     s_axis_cc_tlast   <= #TCQ 1'b1;
                     s_axis_cc_tkeep   <= #TCQ 4'hF;
                     compl_done        <= #TCQ 1'b0;
                     s_axis_cc_tdata   <= #TCQ {8'b0,                // Rsvd
                                                req_des_tph_st_tag,  // TPH Steering tag - 8 bits
                                                5'b0,                // Rsvd
                                                req_des_tph_type,    // TPH type - 2 bits
                                                req_des_tph_present, // TPH present - 1 bit
                                                req_be,              // Request Byte enables - 8bits

                                                1'b0,                // Force ECRC
                                                1'b0, req_attr,      // 3- bits
                                                req_tc,              // 3- bits
                                                1'b0,                // Completer ID to control selection of Client
                                                                     // Supplied Bus number
                                                8'hAA,               // Completer Bus number - Bus# selected if Compl ID = 1
                                                {5'b11111, 3'b000},  // Compl Dev / Func no - Dev# selected if Compl ID = 1. Function# = 0
                                                req_tag,             // Matching Request Tag
                                                req_rid,             // Requester ID - 16 bits
                                                1'b0,                // Rsvd
                                                1'b0,                // Posioned completion
                                                3'b001,              // Completion Status - UR
                                                11'h000,             // DWord Count
                                                2'b0,                // Rsvd
                                                (req_mem_lock? 1'b1 : 1'b0),   // Locked Read Completion
                                                13'h0004,            // Byte Count
                                                6'b0,                // Rsvd
                                                req_at,              // Adress Type - 2 bits
                                                1'b0,                // Rsvd
                                                lower_addr};   // Starting address of the mem byte - 7 bits
                     s_axis_cc_tuser   <= #TCQ {1'b0, (AXISTEN_IF_CC_PARITY_CHECK ? s_axis_cc_tparity : 32'b0)};
                     if (s_axis_cc_tready) begin
                       state           <= #TCQ PIO_TX_CPL_UR_C2;
                     end else begin
                       state           <= #TCQ PIO_TX_CPL_UR_C1;
                     end
                end

              end // PIO_TX_CPL_UR_C1

              PIO_TX_CPL_UR_C2 : begin // Completion for UR - Clock 2


                 s_axis_cc_tvalid  <= #TCQ 1'b1;
                 s_axis_cc_tlast   <= #TCQ 1'b1;
                 s_axis_cc_tkeep   <= #TCQ 4'hF;
                 s_axis_cc_tdata   <= #TCQ {req_des_qword1,      // 64 bits - Descriptor of the request 2 DW
                                            req_des_qword0};     // 64 bits - Descriptor of the request 2 DW};

                 s_axis_cc_tuser   <= #TCQ {1'b0, (AXISTEN_IF_CC_PARITY_CHECK ? s_axis_cc_tparity : 32'b0)};
                 if (s_axis_cc_tready) begin
                   state           <= #TCQ PIO_TX_RST_STATE;
                   compl_done      <= #TCQ 1'b1;
                 end else begin
                   state           <= #TCQ PIO_TX_CPL_UR_C2;
                 end

              end // PIO_TX_CPL_UR_PYLD_C1


            endcase

          end // reset_else_block

      end // Always Block Ends
    end // If C_DATA_WIDTH = 128

    else
    begin // 64 Bit Interface
    always @ ( posedge user_clk )
    begin

      if(!reset_n ) begin

        state                   <= #TCQ PIO_TX_RST_STATE;
        s_axis_cc_tdata         <= #TCQ {C_DATA_WIDTH{1'b0}};
        s_axis_cc_tkeep         <= #TCQ {KEEP_WIDTH{1'b0}};
        s_axis_cc_tlast         <= #TCQ 1'b0;
        s_axis_cc_tvalid        <= #TCQ 1'b0;
        s_axis_cc_tuser         <= #TCQ 33'b0;
        compl_done              <= #TCQ 1'b0;
        
      end else begin // reset_else_block

            case (state)

              PIO_TX_RST_STATE : begin  // Reset_State

                state                   <= #TCQ PIO_TX_RST_STATE;
                s_axis_cc_tdata         <= #TCQ {C_DATA_WIDTH{1'b0}};
                s_axis_cc_tkeep         <= #TCQ {KEEP_WIDTH{1'b1}};
                s_axis_cc_tlast         <= #TCQ 1'b0;
                s_axis_cc_tvalid        <= #TCQ 1'b0;
                s_axis_cc_tuser         <= #TCQ 33'b0;
                compl_done              <= #TCQ 1'b0;
                
                if(req_compl) begin
                   state <= #TCQ PIO_TX_COMPL_C1;
                end else if (req_compl_wd) begin
                   state <= #TCQ PIO_TX_COMPL_WD_C1;
                end else if (req_compl_ur) begin
                   state <= #TCQ PIO_TX_CPL_UR_C1;
                end

              end // PIO_TX_RST_STATE

              PIO_TX_COMPL_C1 : begin // Completion Without Payload - Alignment doesnt matter
                                   // Sent in a Single Beat When Interface Width is 128 bit
                if(req_compl_qq)
                begin
                  s_axis_cc_tvalid  <= #TCQ 1'b1;
                  s_axis_cc_tlast   <= #TCQ 1'b0;
                  s_axis_cc_tkeep   <= #TCQ 2'h3;
                  compl_done        <= #TCQ 1'b0;
                  s_axis_cc_tdata   <= #TCQ {req_rid,       // Requester ID - 16 bits
                                             1'b0,          // Rsvd
                                             1'b0,          // Posioned completion
                                             3'b000,        // SuccessFull completion
                                             (req_mem ? (11'h1 + payload_len) : 11'b0),         // DWord Count 0 - IO Write completions
                                             2'b0,          // Rsvd
                                             1'b0,          // Locked Read Completion
                                             {1'b0, byte_count},        // Byte Count
                                             6'b0,          // Rsvd
                                             req_at,        // Adress Type - 2 bits
                                             1'b0,          // Rsvd
                                             lower_addr};   // Starting address of the mem byte - 7 bits
                  s_axis_cc_tuser   <= #TCQ {1'b0, (AXISTEN_IF_CC_PARITY_CHECK ? s_axis_cc_tparity : 32'b0)};

                  if(s_axis_cc_tready) begin
                    state           <= #TCQ PIO_TX_COMPL_C2;
                  end else begin
                    state           <= #TCQ PIO_TX_COMPL_C1;
                  end
                end
              end  //PIO_TX_COMPL

              PIO_TX_COMPL_C2 : begin // Completion Without Payload - Alignment doesnt matter
                                      // Sent in a Two Beats When Interface Width is 64 bit
                  s_axis_cc_tvalid  <= #TCQ 1'b1;
                  s_axis_cc_tlast   <= #TCQ 1'b1;
                  s_axis_cc_tkeep   <= #TCQ 2'h1;
                  s_axis_cc_tdata   <= #TCQ {32'b0,         // Tied to 0 for 3DW completion descriptor
                                             1'b0,          // Force ECRC
                                             1'b0, req_attr,// 3- bits
                                             req_tc,        // 3- bits
                                             1'b0,          // Completer ID to control selection of Client
                                                            // Supplied Bus number
                                             8'hAA,              // Completer Bus number - Bus# selected if Compl ID = 1
                                             {5'b11111, 3'b000}, // Compl Dev / Func no - Dev# selected if Compl ID = 1. Function# = 0
                                             req_tag};      // Matching Request Tag
                  s_axis_cc_tuser   <= #TCQ {1'b0, (AXISTEN_IF_CC_PARITY_CHECK ? s_axis_cc_tparity : 32'b0)};

                  if(s_axis_cc_tready) begin
                    state           <= #TCQ PIO_TX_RST_STATE;
                    compl_done      <= #TCQ 1'b1;
                  end else begin
                    state           <= #TCQ PIO_TX_COMPL_C2;
                  end

              end  //PIO_TX_COMPL

              PIO_TX_COMPL_WD_C1 : begin  // Completion With Payload
                                          // Possible Scenario's Payload can be 1 DW or 2 DW
                                          // Alignment can be either of Dword aligned or address aligned
                if(req_compl_wd_qqq)
                begin

                  s_axis_cc_tvalid  <= #TCQ 1'b1;
                  s_axis_cc_tlast   <= #TCQ 1'b0;
                  s_axis_cc_tkeep   <= #TCQ 2'h3;
                  compl_done        <= #TCQ 1'b0;
                  s_axis_cc_tdata   <= #TCQ {req_rid,                                   // Requester ID - 16 bits
                                             1'b0,                                      // Rsvd
                                             1'b0,                                      // Posioned completion
                                             3'b000,                                    // SuccessFull completion
                                             (req_mem ? (11'h1 + payload_len) : 11'b1), // DWord Count 0 - IO Write completions
                                             2'b0,                                      // Rsvd
                                             (req_mem_lock? 1'b1 : 1'b0),               // Locked Read Completion
                                             {1'b0, byte_count},                        // Byte Count
                                             6'b0,                                      // Rsvd
                                             req_at,                                    // Adress Type - 2 bits
                                             1'b0,                                      // Rsvd
                                             lower_addr};                               // Starting address of the mem byte - 7 bits
                  s_axis_cc_tuser   <= #TCQ {1'b0, (AXISTEN_IF_CC_PARITY_CHECK ? s_axis_cc_tparity : 32'b0)};

                  if(s_axis_cc_tready) begin
                    state      <= #TCQ PIO_TX_COMPL_WD_C2;
                  end else begin
                    state      <= #TCQ PIO_TX_COMPL_WD_C1;
                  end
                end

              end // PIO_TX_COMPL_WD

              PIO_TX_COMPL_WD_C2 : begin  // Completion With Payload
                                          // Possible Scenario's Payload can be 1 DW or 2 DW
                                          // Alignment can be either of Dword aligned or address aligned

                  if(AXISTEN_IF_CC_ALIGNMENT_MODE == "FALSE") begin // DWORD_aligned_Mode
                      s_axis_cc_tvalid  <= #TCQ 1'b1;
                      s_axis_cc_tkeep   <= #TCQ 2'h3;
                      s_axis_cc_tdata   <= #TCQ {rd_data,       //                       s_axis_cc_tlast   <= #TCQ 1'b1;32- bit read data
                                                 1'b0,          // Force ECRC
                                                 1'b0, req_attr,// 3- bits
                                                 req_tc,        // 3- bits
                                                 1'b0,          // Completer ID to control selection of Client
                                                                // Supplied Bus number
                                                 8'hAA,              // Completer Bus number - Bus# selected if Compl ID = 1
                                                 {5'b11111, 3'b000}, // Compl Dev / Func no - Dev# selected if Compl ID = 1. Function# = 0
                                                 req_tag};      // Matching Request Tag
                      s_axis_cc_tuser   <= #TCQ {1'b0, (AXISTEN_IF_CC_PARITY_CHECK ? s_axis_cc_tparity : 32'b0)};

                      if(s_axis_cc_tready) begin
                        if(payload_len == 0) // 1DW_packet - Requires just one cycle to get the data rd_data from the BRAM.
                        begin
                          state      <= #TCQ PIO_TX_RST_STATE;
                          s_axis_cc_tlast   <= #TCQ 1'b1;
                          compl_done <= #TCQ 1'b1;
                        end else begin
                          s_axis_cc_tlast   <= #TCQ 1'b0;
                          state      <= #TCQ PIO_TX_COMPL_WD_2DW;
                        end
                      end else begin
                        state <= #TCQ PIO_TX_COMPL_WD_C2;
                      end

                end        //DWORD_aligned_Mode
                else begin // Addr_aligned_mode
                  s_axis_cc_tvalid  <= #TCQ 1'b1;
                  s_axis_cc_tlast   <= #TCQ 1'b0;
                  s_axis_cc_tkeep   <= #TCQ 2'h3;
                  s_axis_cc_tdata   <= #TCQ {1'b0,          // Force ECRC
                                             1'b0, req_attr,// 3- bits
                                             req_tc,        // 3- bits
                                             1'b0,          // Completer ID to control selection of Client
                                                            // Supplied Bus number
                                             8'hAA,              // Completer Bus number - Bus# selected if Compl ID = 1
                                             {5'b11111, 3'b000}, // Compl Dev / Func no - Dev# selected if Compl ID = 1. Function# = 0
                                             req_tag};      // Matching Request Tag
                  s_axis_cc_tuser   <= #TCQ {1'b0, (AXISTEN_IF_CC_PARITY_CHECK ? s_axis_cc_tparity : 32'b0)};
                  compl_done        <= #TCQ 1'b0;

                  if(s_axis_cc_tready) begin
                    if(payload_len == 0) begin // 1DW_packet - Requires just one cycle to get the data rd_data from the BRAM.
                      state         <= #TCQ PIO_TX_COMPL_PYLD;
                    end else begin
                      state         <= #TCQ PIO_TX_COMPL_WD_2DW_ADDR_ALGN_C1;
                    end
                  end else begin
                      state         <= #TCQ PIO_TX_COMPL_WD_C2;
                  end
//                end

              end    // Addr_aligned_mode
            end // PIO_TX_COMPL_WD

              PIO_TX_COMPL_PYLD : begin // Completion with 1DW Payload in Address Aligned mode or 2DW Payload in DWORD Aligned mode

                s_axis_cc_tvalid  <= #TCQ 1'b1;
                s_axis_cc_tlast   <= #TCQ 1'b1;
                s_axis_cc_tkeep   <= #TCQ tkeep_qq[1:0]&2'h3;
                s_axis_cc_tdata   <= #TCQ (AXISTEN_IF_CC_ALIGNMENT_MODE == "TRUE") ? (lower_addr_qq[2] ? {rd_data,32'b0} : {32'b0, rd_data}) : rd_data_reg;
                s_axis_cc_tuser   <= #TCQ {1'b0, (AXISTEN_IF_CC_PARITY_CHECK ? s_axis_cc_tparity : 32'b0)};

                if(s_axis_cc_tready) begin
                  state           <= #TCQ PIO_TX_RST_STATE;
                  compl_done      <= #TCQ 1'b1;
                end else begin
                  state           <= #TCQ PIO_TX_COMPL_PYLD;
                end

              end // PIO_TX_COMPL_PYLD

              PIO_TX_COMPL_WD_2DW : begin // Completion with 2DW Payload in DWord Aligned mode
                                          // Requires 2 states to get the 2DW Payload

                s_axis_cc_tvalid  <= #TCQ 1'b1;
                s_axis_cc_tlast   <= #TCQ 1'b1;
                s_axis_cc_tkeep   <= #TCQ 2'h1;
                s_axis_cc_tdata   <= #TCQ {32'b0, rd_data_reg};  // Transmit 2nd DW payload
                s_axis_cc_tuser   <= #TCQ {1'b0, (AXISTEN_IF_CC_PARITY_CHECK ? s_axis_cc_tparity : 32'b0)};

                if(s_axis_cc_tready) begin
                  state           <= #TCQ PIO_TX_RST_STATE;
                  compl_done      <= #TCQ 1'b1;
                end else begin
                  state           <= #TCQ PIO_TX_COMPL_WD_2DW;
                end

              end //  PIO_TX_COMPL_WD_2DW

              PIO_TX_COMPL_WD_2DW_ADDR_ALGN_C1 : begin // Completions with 2-DW Payload and Addr aligned mode

                s_axis_cc_tvalid  <= #TCQ 1'b1;
                s_axis_cc_tkeep   <= #TCQ (tkeep_q << 1 | 2'b1);
                s_axis_cc_tdata[31:0]      <= #TCQ (lower_addr_qq[2]==1'b0) ? {rd_data} : {32'b0};
                s_axis_cc_tdata[63:32]     <= #TCQ (lower_addr_qq[2]==1'b1) ? {rd_data} : ((lower_addr_qq[2]==1'b0) ? {rd_data_reg} : {32'b0});
                s_axis_cc_tuser   <= #TCQ {1'b0, (AXISTEN_IF_CC_PARITY_CHECK ? s_axis_cc_tparity : 32'b0)};
                if(s_axis_cc_tready) begin
                   if (lower_addr_qq[2]==1'b1) begin
                      state             <= #TCQ PIO_TX_COMPL_WD_2DW_ADDR_ALGN_C2;
                      s_axis_cc_tlast   <= #TCQ 1'b0;
                      compl_done        <= #TCQ 1'b0;
                   end else begin
                      state             <= #TCQ PIO_TX_RST_STATE;
                      s_axis_cc_tlast   <= #TCQ 1'b1;
                      compl_done        <= #TCQ 1'b1;
                   end
                end else begin
                  state <= #TCQ PIO_TX_COMPL_WD_2DW_ADDR_ALGN_C1;
                end // PIO_TX_COMPL_WD_2DW_ADDR_ALGN
              end
              
              PIO_TX_COMPL_WD_2DW_ADDR_ALGN_C2 : begin // Completions with 2-DW Payload and Addr aligned mode with lower_addr[2] == 1'b1 only
              
                s_axis_cc_tvalid  <= #TCQ 1'b1;
                s_axis_cc_tkeep   <= #TCQ 2'b01;
                s_axis_cc_tdata   <= #TCQ {32'b0, rd_data_reg};
                s_axis_cc_tuser   <= #TCQ {1'b0, (AXISTEN_IF_CC_PARITY_CHECK ? s_axis_cc_tparity : 32'b0)};
                s_axis_cc_tlast   <= #TCQ 1'b1;
                state             <= #TCQ PIO_TX_RST_STATE;
                compl_done        <= #TCQ 1'b1;
              
              end

              PIO_TX_CPL_UR_C1 : begin // Completions with UR - Beat 1

                if(req_compl_ur_qq) begin

                  s_axis_cc_tvalid  <= #TCQ 1'b1;
                  s_axis_cc_tlast   <= #TCQ 1'b1;
                  s_axis_cc_tkeep   <= #TCQ 2'h3;
                  compl_done        <= #TCQ 1'b0;
                  s_axis_cc_tdata   <= #TCQ {req_rid,             // Requester ID - 16 bits
                                             1'b0,                // Rsvd
                                             1'b0,                // Posioned completion
                                             3'b001,              // Completion Status - UR
                                             11'h000,             // DWord Count
                                             2'b0,                // Rsvd
                                             (req_mem_lock? 1'b1 : 1'b0),   // Locked Read Completion
                                             13'h0004,            // Byte Count
                                             6'b0,                // Rsvd
                                             req_at,              // Adress Type - 2 bits
                                             1'b0,                // Rsvd
                                             lower_addr};   // Starting address of the mem byte - 7 bits
                  s_axis_cc_tuser   <= #TCQ {1'b0, (AXISTEN_IF_CC_PARITY_CHECK ? s_axis_cc_tparity : 32'b0)};

                  if(s_axis_cc_tready) begin
                    state           <= #TCQ PIO_TX_CPL_UR_C2;
                  end else begin
                    state           <= #TCQ PIO_TX_CPL_UR_C1;
                  end

                end
              end // PIO_TX_CPL_UR_C1

              PIO_TX_CPL_UR_C2 : begin // Completions with UR - Beat 2
                s_axis_cc_tvalid  <= #TCQ 1'b1;
                s_axis_cc_tlast   <= #TCQ 1'b1;
                s_axis_cc_tkeep   <= #TCQ 2'h3;
                compl_done        <= #TCQ 1'b0;
                s_axis_cc_tdata   <= #TCQ {8'b0,                // Rsvd
                                           req_des_tph_st_tag,  // TPH Steering tag - 8 bits
                                           5'b0,                // Rsvd
                                           req_des_tph_type,    // TPH type - 2 bits
                                           req_des_tph_present, // TPH present - 1 bit
                                           req_be,              // Request Byte enables - 8bits

                                           1'b0,                // Force ECRC
                                           1'b0, req_attr,      // 3- bits
                                           req_tc,              // 3- bits
                                           1'b0,                // Completer ID to control selection of Client
                                                                // Supplied Bus number
                                           8'hAA,               // Completer Bus number - Bus# selected if Compl ID = 1
                                           {5'b11111, 3'b000},  // Compl Dev / Func no - Dev# selected if Compl ID = 1. Function# = 0
                                           req_tag};            // Matching Request Tag
                s_axis_cc_tuser   <= #TCQ {1'b0, (AXISTEN_IF_CC_PARITY_CHECK ? s_axis_cc_tparity : 32'b0)};

                if(s_axis_cc_tready) begin
                  state           <= #TCQ PIO_TX_CPL_UR_C3;
                end else begin
                  state           <= #TCQ PIO_TX_CPL_UR_C2;
                end

              end // PIO_TX_CPL_UR_C2

              PIO_TX_CPL_UR_C3 : begin // Completions with UR - Beat 3
                s_axis_cc_tvalid  <= #TCQ 1'b1;
                s_axis_cc_tlast   <= #TCQ 1'b1;
                s_axis_cc_tkeep   <= #TCQ 2'h3;
                compl_done        <= #TCQ 1'b0;
                s_axis_cc_tdata   <= #TCQ req_des_qword0;      // 64 bits - Descriptor of the request 2 DW
                s_axis_cc_tuser   <= #TCQ {1'b0, (AXISTEN_IF_CC_PARITY_CHECK ? s_axis_cc_tparity : 32'b0)};

                if(s_axis_cc_tready) begin
                  state           <= #TCQ PIO_TX_CPL_UR_C4;
                end else begin
                  state           <= #TCQ PIO_TX_CPL_UR_C3;
                end

              end // PIO_TX_CPL_UR_C3

              PIO_TX_CPL_UR_C4 : begin // Completions with UR - Beat 4
                s_axis_cc_tvalid  <= #TCQ 1'b1;
                s_axis_cc_tlast   <= #TCQ 1'b1;
                s_axis_cc_tkeep   <= #TCQ 2'h3;
                s_axis_cc_tdata   <= #TCQ req_des_qword1;      // 64 bits - Descriptor of the request 2 DW
                s_axis_cc_tuser   <= #TCQ {1'b0, (AXISTEN_IF_CC_PARITY_CHECK ? s_axis_cc_tparity : 32'b0)};

                if(s_axis_cc_tready) begin
                  state           <= #TCQ PIO_TX_RST_STATE;
                  compl_done      <= #TCQ 1'b1;
                end else begin
                  state           <= #TCQ PIO_TX_CPL_UR_C4;
                end

              end // PIO_TX_CPL_UR_C4


            endcase

          end // reset_else_block

      end // If C_DATA_WIDTH = 64
    end
  endgenerate


  // synthesis translate_off
  reg  [8*20:1] state_ascii;
  always @(state)
  begin
    case (state)
      PIO_TX_RST_STATE                    : state_ascii <= #TCQ "TX_RST_STATE";
      PIO_TX_COMPL_C1                     : state_ascii <= #TCQ "TX_COMPL_C1";
      PIO_TX_COMPL_C2                     : state_ascii <= #TCQ "TX_COMPL_C2";
      PIO_TX_COMPL_WD_C1                  : state_ascii <= #TCQ "TX_COMPL_WD_C1";
      PIO_TX_COMPL_WD_C2                  : state_ascii <= #TCQ "TX_COMPL_WD_C2";
      PIO_TX_COMPL_PYLD                   : state_ascii <= #TCQ "TX_COMPL_PYLD";
      PIO_TX_CPL_UR_C1                    : state_ascii <= #TCQ "TX_CPL_UR_C1";
      PIO_TX_CPL_UR_C2                    : state_ascii <= #TCQ "TX_CPL_UR_C2";
      PIO_TX_CPL_UR_C3                    : state_ascii <= #TCQ "TX_CPL_UR_C3";
      PIO_TX_CPL_UR_C4                    : state_ascii <= #TCQ "TX_CPL_UR_C4";
      PIO_TX_COMPL_WD_2DW                 : state_ascii <= #TCQ "TX_COMPL_WD_2DW";
      PIO_TX_COMPL_WD_2DW_ADDR_ALGN_C1    : state_ascii <= #TCQ "TX_COMPL_WD_2DW_ADDR_ALGN_C1";
      PIO_TX_COMPL_WD_2DW_ADDR_ALGN_C2    : state_ascii <= #TCQ "TX_COMPL_WD_2DW_ADDR_ALGN_C2";
      default                             : state_ascii <= #TCQ "PIO STATE ERR";
    endcase
  end
  // synthesis translate_on

endmodule // pio_tx_engine